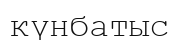
күнбатыс